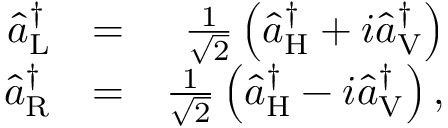
\begin{array} { r l r } { \hat { a } _ { \mathrm { L } } ^ { \dagger } } & { = } & { \frac { 1 } { \sqrt { 2 } } \left( \hat { a } _ { \mathrm { H } } ^ { \dagger } + i \hat { a } _ { \mathrm { V } } ^ { \dagger } \right) } \\ { \hat { a } _ { \mathrm { R } } ^ { \dagger } } & { = } & { \frac { 1 } { \sqrt { 2 } } \left( \hat { a } _ { \mathrm { H } } ^ { \dagger } - i \hat { a } _ { \mathrm { V } } ^ { \dagger } \right) , } \end{array}